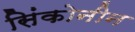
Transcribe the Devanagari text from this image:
सिंकोनीन